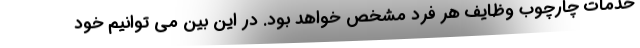
خدمات چارچوب وظایف هر فرد مشخص خواهد بود. در این بین می توانیم خود